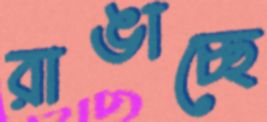
রাঙাচ্ছে